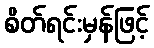
စိတ်ရင်းမှန်ဖြင့်